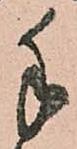
手